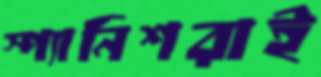
স্প্যানিশরাই